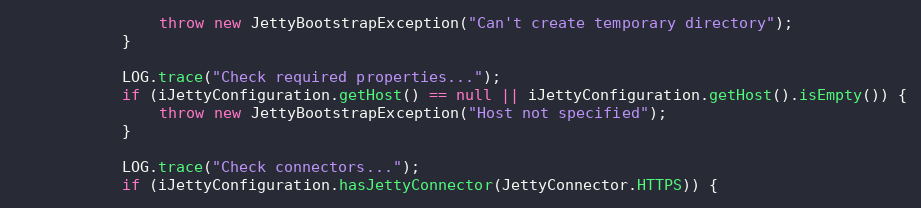
Language: Java
                throw new JettyBootstrapException("Can't create temporary directory");
            }

            LOG.trace("Check required properties...");
            if (iJettyConfiguration.getHost() == null || iJettyConfiguration.getHost().isEmpty()) {
                throw new JettyBootstrapException("Host not specified");
            }

            LOG.trace("Check connectors...");
            if (iJettyConfiguration.hasJettyConnector(JettyConnector.HTTPS)) {